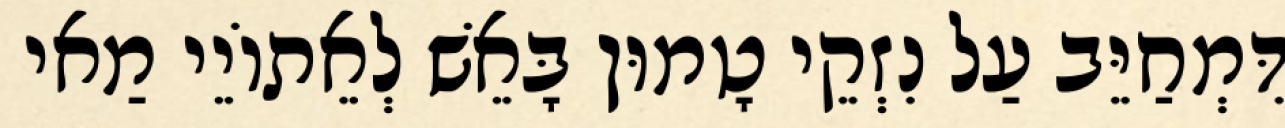
דִּמְחַיֵּב עַל נִזְקֵי טָמוּן בָּאֵשׁ לְאֵתוֹיֵי מַאי